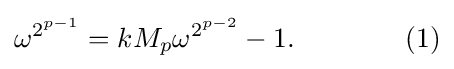
\omega ^{2^{p-1}}=kM_{p}\omega ^{2^{p-2}}-1.\qquad \qquad (1)